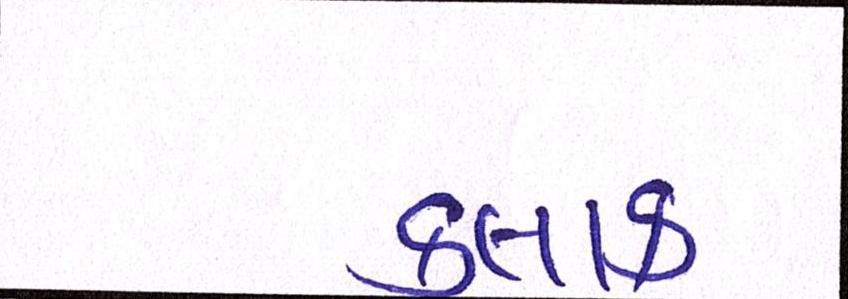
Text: કલાક